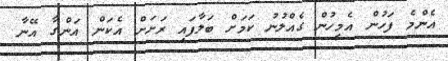
އެންމެ ފަހުން އެމީހުން ގެއްލުނު ކަމަށް ބަލާފައި ރަށަށް އެކަން އަންގާ އޭނާ